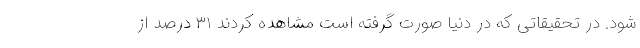
شود. در تحقیقاتی که در دنیا صورت گرفته است مشاهده کردند ۳۱ درصد از